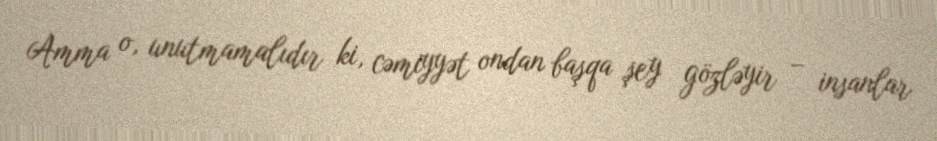
Amma o, unutmamalıdır ki, cəmiyyət ondan başqa şey gözləyir – insanlar